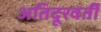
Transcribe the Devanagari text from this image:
अतिदूरवर्ती